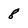
Character: 8